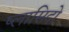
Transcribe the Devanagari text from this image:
प्लासिदो